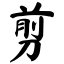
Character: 剪